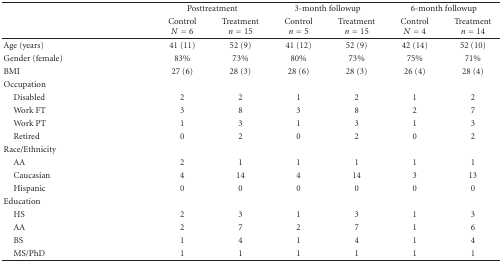
<table><thead><tr><td></td><td colspan="2"><b>Posttreatment</b></td><td colspan="2"><b>3-month followup</b></td><td colspan="2"><b>6-month followup</b></td></tr><tr><td></td><td><b>Control<i>N</i> = 6</b></td><td><b>Treatment <i>n</i> = 15</b></td><td><b>Control <i>n</i> = 5</b></td><td><b>Treatment <i>n</i> = 15</b></td><td><b>Control <i>N</i> = 4</b></td><td><b>Treatment <i>n</i> = 14</b></td></tr></thead><tbody><tr><td>Age (years)</td><td>41 (11)</td><td>52 (9)</td><td>41 (12)</td><td>52 (9)</td><td>42 (14)</td><td>52 (10)</td></tr><tr><td>Gender (female)</td><td>83%</td><td>73%</td><td>80%</td><td>73%</td><td>75%</td><td>71%</td></tr><tr><td>BMI</td><td>27 (6)</td><td>28 (3)</td><td>28 (6)</td><td>28 (3)</td><td>26 (4)</td><td>28 (4)</td></tr><tr><td>Occupation</td><td></td><td></td><td></td><td></td><td></td><td></td></tr><tr><td> Disabled</td><td>2</td><td>2</td><td>1</td><td>2</td><td>1</td><td>2</td></tr><tr><td> Work FT</td><td>3</td><td>8</td><td>3</td><td>8</td><td>2</td><td>7</td></tr><tr><td> Work PT</td><td>1</td><td>3</td><td>1</td><td>3</td><td>1</td><td>3</td></tr><tr><td> Retired</td><td>0</td><td>2</td><td>0</td><td>2</td><td>0</td><td>2</td></tr><tr><td>Race/Ethnicity</td><td></td><td></td><td></td><td></td><td></td><td></td></tr><tr><td> AA</td><td>2</td><td>1</td><td>1</td><td>1</td><td>1</td><td>1</td></tr><tr><td> Caucasian</td><td>4</td><td>14</td><td>4</td><td>14</td><td>3</td><td>13</td></tr><tr><td> Hispanic</td><td>0</td><td>0</td><td>0</td><td>0</td><td>0</td><td>0</td></tr><tr><td>Education</td><td></td><td></td><td></td><td></td><td></td><td></td></tr><tr><td> HS</td><td>2</td><td>3</td><td>1</td><td>3</td><td>1</td><td>3</td></tr><tr><td> AA</td><td>2</td><td>7</td><td>2</td><td>7</td><td>1</td><td>6</td></tr><tr><td> BS</td><td>1</td><td>4</td><td>1</td><td>4</td><td>1</td><td>4</td></tr><tr><td> MS/PhD</td><td>1</td><td>1</td><td>1</td><td>1</td><td>1</td><td>1</td></tr></tbody></table>